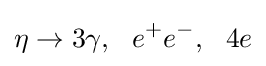
\eta \to 3\gamma ,~~e^{+}e^{-},~~4e